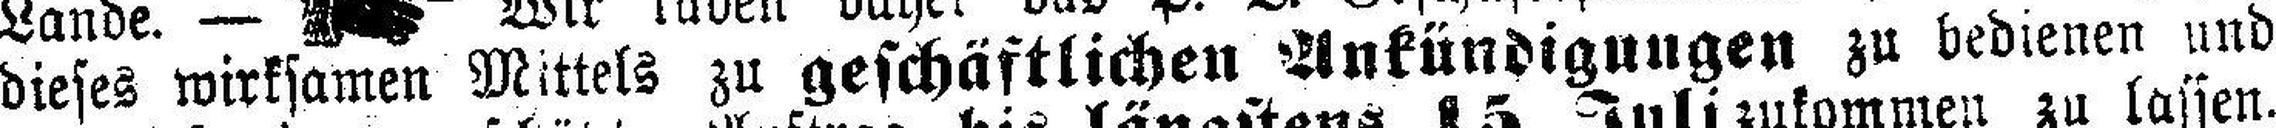
dieses wirksamen Mittels zu geschäftlichen Ankündigungen zu bedienen und